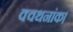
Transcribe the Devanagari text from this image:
क्वथनांक।